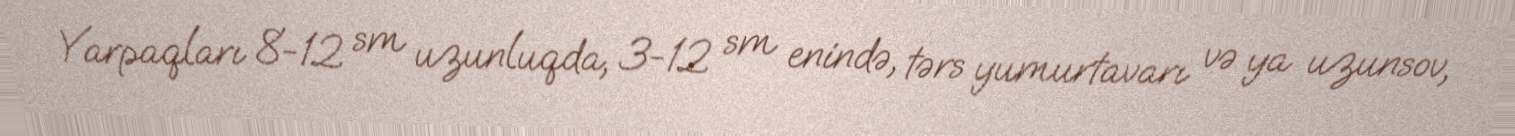
Yarpaqları 8-12 sm uzunluqda, 3-12 sm enində, tərs yumurtavarı və ya uzunsov,